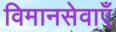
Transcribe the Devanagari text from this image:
विमानसेवाएँ